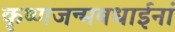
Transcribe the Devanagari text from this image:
कृष्णजन्मबधाईनां